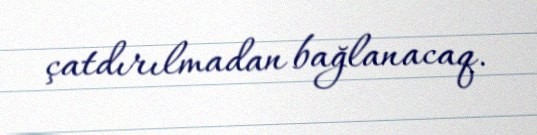
çatdırılmadan bağlanacaq.